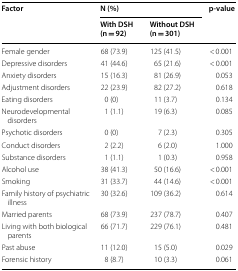
<table><thead><tr><td rowspan="2"><b>Factor</b></td><td colspan="2"><b>N (%)</b></td><td rowspan="2"><b>p-value</b></td></tr><tr><td><b>With DSH (n = 92)</b></td><td><b>Without DSH (n = 301)</b></td></tr></thead><tbody><tr><td>Female gender</td><td>68 (73.9)</td><td>125 (41.5)</td><td>&lt; 0.001</td></tr><tr><td>Depressive disorders</td><td>41 (44.6)</td><td>65 (21.6)</td><td>&lt; 0.001</td></tr><tr><td>Anxiety disorders</td><td>15 (16.3)</td><td>81 (26.9)</td><td>0.053</td></tr><tr><td>Adjustment disorders</td><td>22 (23.9)</td><td>82 (27.2)</td><td>0.618</td></tr><tr><td>Eating disorders</td><td>0 (0)</td><td>11 (3.7)</td><td>0.134</td></tr><tr><td>Neurodevelopmental disorders</td><td>1 (1.1)</td><td>19 (6.3)</td><td>0.085</td></tr><tr><td>Psychotic disorders</td><td>0 (0)</td><td>7 (2.3)</td><td>0.305</td></tr><tr><td>Conduct disorders</td><td>2 (2.2)</td><td>6 (2.0)</td><td>1.000</td></tr><tr><td>Substance disorders</td><td>1 (1.1)</td><td>1 (0.3)</td><td>0.958</td></tr><tr><td>Alcohol use</td><td>38 (41.3)</td><td>50 (16.6)</td><td>&lt; 0.001</td></tr><tr><td>Smoking</td><td>31 (33.7)</td><td>44 (14.6)</td><td>&lt; 0.001</td></tr><tr><td>Family history of psychiatric illness</td><td>30 (32.6)</td><td>109 (36.2)</td><td>0.614</td></tr><tr><td>Married parents</td><td>68 (73.9)</td><td>237 (78.7)</td><td>0.407</td></tr><tr><td>Living with both biological parents</td><td>66 (71.7)</td><td>229 (76.1)</td><td>0.481</td></tr><tr><td>Past abuse</td><td>11 (12.0)</td><td>15 (5.0)</td><td>0.029</td></tr><tr><td>Forensic history</td><td>8 (8.7)</td><td>10 (3.3)</td><td>0.061</td></tr></tbody></table>